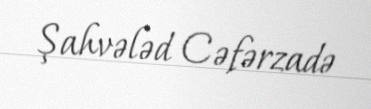
Şahvələd Cəfərzadə